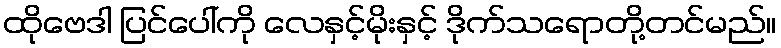
ထိုဗေဒါ ပြင်ပေါ်ကို လေနှင့်မိုးနှင့် ဒိုက်သရောတို့တင်မည်။